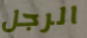
الرجل